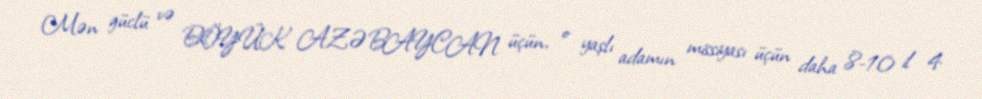
Mən güclü və BÖYÜK AZƏBAYCAN üçün, o yaşlı adamın missiyası üçün daha 8-10 il 4